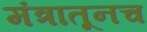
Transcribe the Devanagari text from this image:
मंत्रातूनच